system: You are a helpful assistant.
user:
Analyze the provided spectrum to determine if it is a **Carbon Star (C-type)**.

- **Key Visual Indicators of Carbon Star:**
    - **(Primary):** Strong molecular absorption from **C₂ (diatomic carbon) "Swan Bands."** This is the **defining feature** of a carbon star.
        - **(Key Bandheads):** Sharp absorption edges are visible at approximately $5635$ Å, $5165$ Å (the strongest band), and $4737$ Å.
        - **(Line Profile):** Creates a distinct **"saw-tooth"** pattern. The key morphology is a sharp, steep bandhead on the **red (long-wavelength) side**, which then gradually tapers off (i.e., flux recovers) towards the **blue (short-wavelength) side**. *(This is the direct opposite of the TiO bands seen in M-type stars)*.

    - **(Secondary):** Intense **CN (cyanogen)** molecular absorption bands.
        - **(Key Bandheads):** Located in the blue and violet regions of the spectrum (e.g., near $4215$ Å and $3883$ Å).
        - **(Morphology):** These bands are extremely broad and act as a "blanket," absorbing the vast majority of blue and violet light. This creates a characteristic **"cliff"** or **"steep drop-off"** in the spectrum's flux at short wavelengths.

    - **(Key Confirmation):** Strong **CH absorption band (G-band)**.
        - **(Key Bandhead):** Located around $4300$ Å. The contribution from CH molecules to this band is exceptionally strong.

    - **(Overall Spectrum):**
        - The continuum is severely "chopped up" by these deep molecular bands, especially C₂, rather than appearing as a smooth curve.
        - Due to the heavy CN and C₂ absorption in the blue-green, the vast majority of the star's flux is concentrated in the red part of the spectrum, giving the star its characteristic deep red color.

Think first, call **spectral_visualization_tool** if needed to examine features in detail, then provide your final answer. Your response must adhere to the following strict rules:
1.  **Overall Structure:** Your response must follow the format `<think>...</think> <tool_call>...</tool_call> (if a tool is used) <answer>...</answer>`.
2.  **Tool Usage Constraint:** You may only make **one** tool call per turn.
3.  **Final Answer Format:** In the `<answer>` tag, your conclusion must be inside a `\boxed{}` command (e.g., `\boxed{YES}`), followed by your justification.

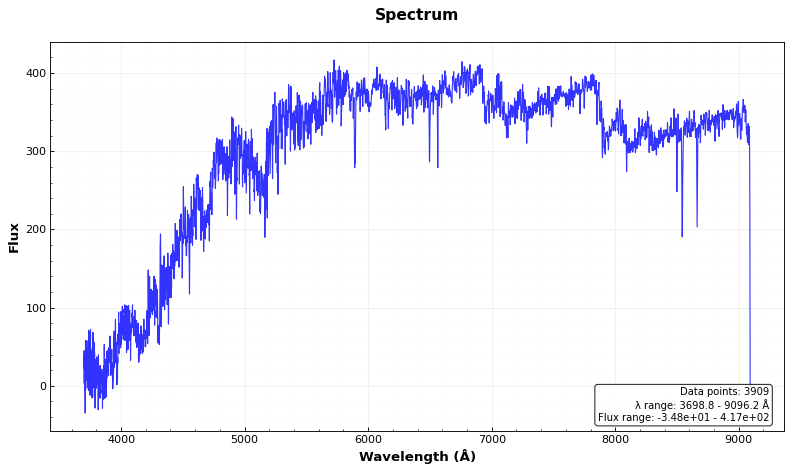
Answer: YES